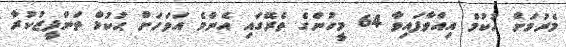
މެރުމަށް ޙުކުމް އިއްވާފައިވާ 64 މީހުންގެ ތެރޭގައި އެންމެ އަވަހަށް ޙުކުމް ތަންފީޒުކުރާ